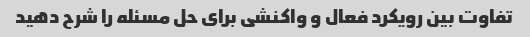
تفاوت بین رویکرد فعال و واکنشی برای حل مسئله را شرح دهید